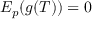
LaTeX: E _ { p } ( g ( T ) ) = 0